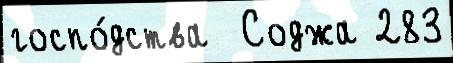
госпо́дства  Соджа 283